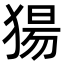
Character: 𬌺